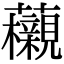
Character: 𧅜